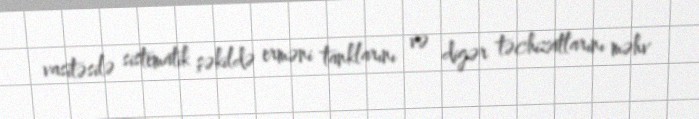
vasitəsilə sistematik şəkildə erməni tanklarını və digər təchizatlarını məhv